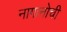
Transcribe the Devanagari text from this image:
नागानोची